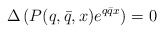
\begin{align*}\Delta \left( P(q,\bar{q},x)e^{q\bar{q}x} \right)=0\end{align*}